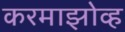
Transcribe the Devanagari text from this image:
करमाझोव्ह